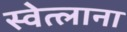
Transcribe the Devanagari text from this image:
स्वेत्लाना